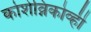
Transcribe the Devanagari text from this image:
कोशेव्निकोव्ही